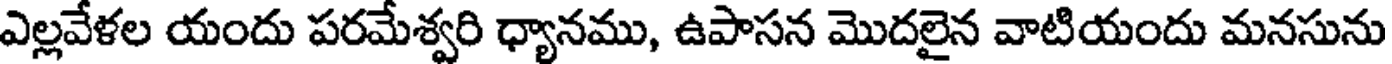
ఎల్లవేళల యందు పరమేశ్వరి ధ్యానము, ఉపాసన మొదలైన వాటియందు మనసును